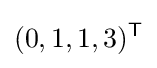
(0,1,1,3)^{\mathsf {T}}